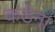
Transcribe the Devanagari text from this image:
कडेना